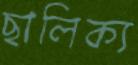
ছালিক্য